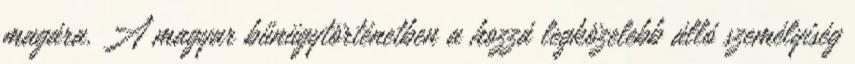
magára. A magyar bűnügytörténetben a hozzá legközelebb álló személyiség